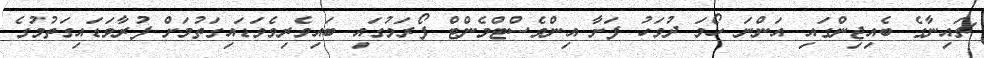
ޗައިނާގެ ބެއިޖިންގައި އަންނަ ހޯމަ ދުވަހު ފަށާ އިންވެސްޓްމެންޓް ފޯރަމުގައި ބައިވެރިވެވަޑައިގަތުމަށް ފުރާވަޑައިގަތުމުގެ